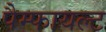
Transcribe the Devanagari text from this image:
पैम्फायल्ट